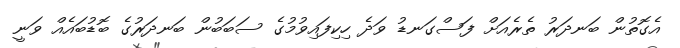
އެގޮތުން ބަނދަރު ތެރެއަށް ފަސްގަނޑު ވަދެ ހިކިފައިވުމުގެ ސަބަބުން ބަނދަރުގެ ބޮޑުބައެއް ވަނީ